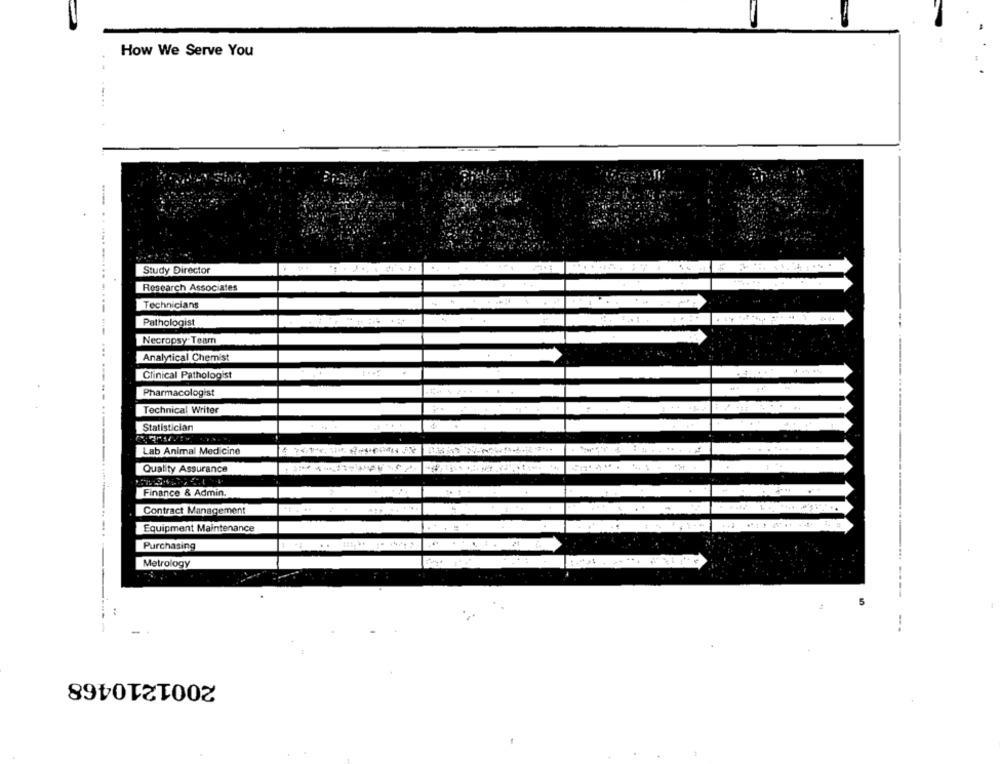
How We Serve You
Study Director
Research Associates
Technicians
Pathologist
Necropsy Team
Analytical Chemist
Clinical Pathologist
. 4.
Pharmacologist
Technical Writer
Statistician
Lab Animal Medicine
.......
Quality Assurance
Finance & Admin.
. ..
Contract Management
Equipment Maintenance
... .
Purchasing
Metrology
2001210468